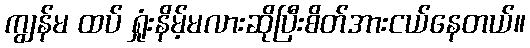
ကျွန်မ ထပ် ရှုံးနိမ့်မလားဆိုပြီးစိတ်အားငယ်နေတယ်။